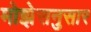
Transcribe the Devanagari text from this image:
मोझेसनुसार